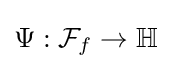
\Psi :{\mathcal {F}}_{f}\to \mathbb {H}